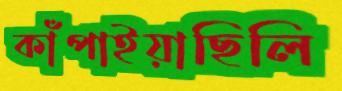
কাঁপাইয়াছিলি